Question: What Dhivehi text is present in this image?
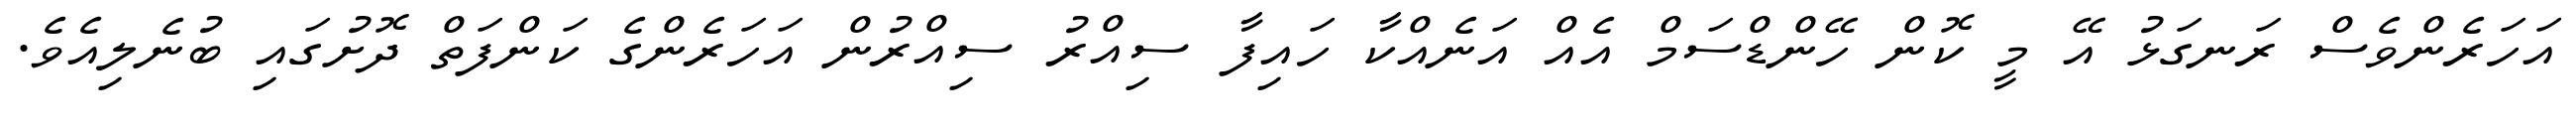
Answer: އަހަރެންވެސް ރަނގަޅު އޭ މީ ކޮން ހޭންޑްސަމް އެއް އަނެއްކާ ހައިފާ ސިއްރު ސިއްރުން އަހަރެންގެ ކަންފަތް ދޮށުގައި ބުނެލިއެވެ.